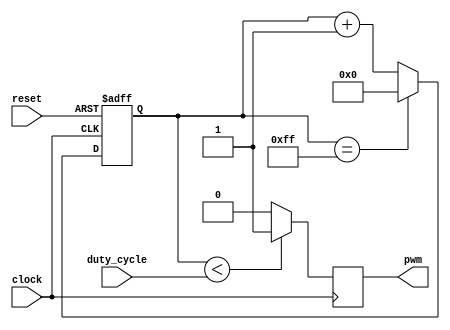
module pwm_generator(
    input clock,
    input reset,
    input [7:0] duty_cycle,
    output reg pwm
);

reg [7:0] counter;

always @(posedge clock or posedge reset) begin
    if (reset)
        counter <= 8'h00;
    else if (counter == 8'hFF)
        counter <= 8'h00;
    else
        counter <= counter + 1;
end

always @(posedge clock) begin
    if (counter < duty_cycle)
        pwm <= 1'b1;
    else
        pwm <= 1'b0;
end

endmodule